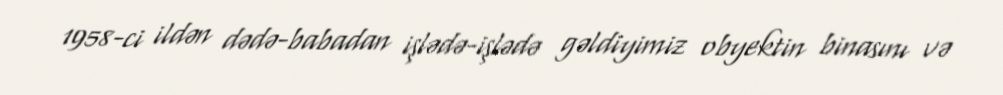
1958-ci ildən dədə-babadan işlədə-işlədə gəldiyimiz obyektin binasını və